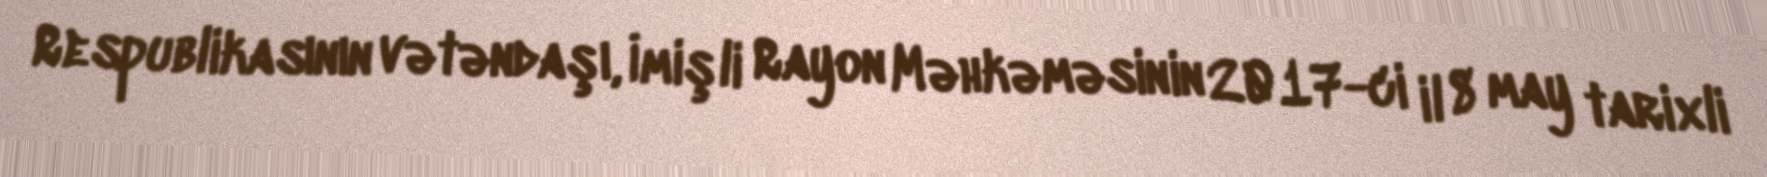
Respublikasının vətəndaşı, İmişli Rayon Məhkəməsinin 2017-ci il 8 may tarixli